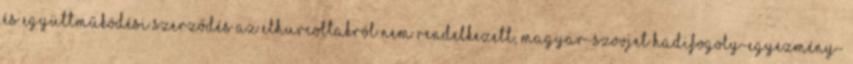
és együttműködési szerződés az elhurcoltakról nem rendelkezett, magyar-szovjet hadifogoly-egyezmény-